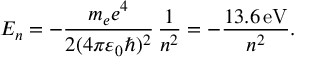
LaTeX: E _ { n } = - { \frac { m _ { e } e ^ { 4 } } { 2 ( 4 \pi \varepsilon _ { 0 } \hbar ) ^ { 2 } } } \, { \frac { 1 } { n ^ { 2 } } } = - { \frac { 1 3 . 6 \, { \mathrm { e V } } } { n ^ { 2 } } } .